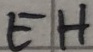
Text: EH